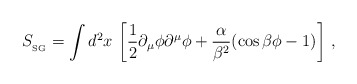
\begin{align*}S_{_{{\rm SG}}}=\int d^{2}x \, \left[\frac{1}{2} \partial_{\mu}\phi\partial^{\mu}\phi+\frac{\alpha}{\beta^{2}}(\cos \beta \phi -1) \right] \, ,\end{align*}